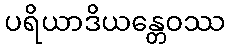
ပရိယာဒိယန္တေဝဿ